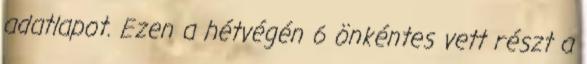
adatlapot. Ezen a hétvégén 6 önkéntes vett részt a